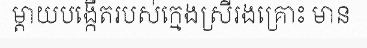
ម្តាយបង្កើតរបស់ក្មេងស្រីរងគ្រោះ មាន